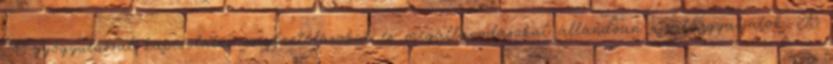
A gyógyulással kapcsolatos megfontolásokat és megállapodásokat állandóan újratárgyaljátok. A